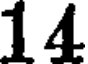
14